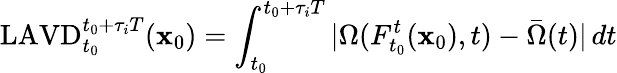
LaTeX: \mathrm{LAVD}_{t_{0}}^{t_{0}+\tau_{i}T}(\mathbf x_{0})=\int_{t_{0}}^{t_{0}+\tau_{i}T}|\Omega(F_{t_{0}}^{t}(\mathbf x_{0}),t)-\bar{\Omega}(t)|\, dt